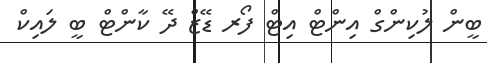
ބީން ލުކިންގް އިންޓް އިޓް ފޯރ ޑޭޒް ދޭ ކާންޓް ބީ ލައިކް